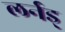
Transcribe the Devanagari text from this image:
लर्नड्